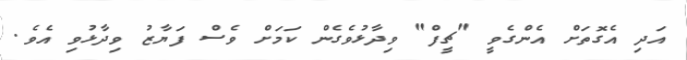
އަދި އެގޮތަށް އެންގެވީ "ޗީފް" ވިދާޅުވެގެން ކަމަށް ވެސް ފަޔާޒު ވިދާޅުވި އެވެ.